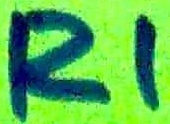
Text: R1